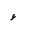
Letter: _hamza